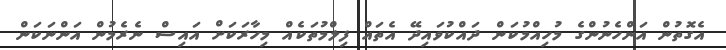
އެގޮތުން އަންހެނުންގެ މުހިއްމުކަން ދައްކުވައިދޭ އެތައް ފިލްމުތަކެއް މިހާރަކަށް އައިސް ނެރެމުން އަންނަކަން